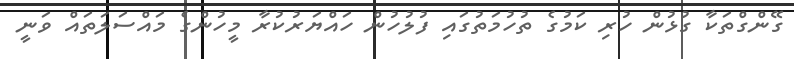
ގޭންގްތަކާ ގުޅުން ހުރި ކަމުގެ ތުހުމަތުގައި ފުލުހުން ހައްޔަރުކުރާ މީހުންގެ މައްސަލަތައް ވަނީ